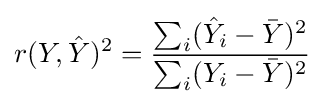
r(Y,{\hat {Y}})^{2}={\frac {\sum _{i}({\hat {Y}}_{i}-{\bar {Y}})^{2}}{\sum _{i}(Y_{i}-{\bar {Y}})^{2}}}